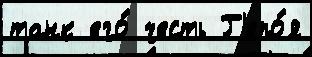
танк его́ честь Г'еро́я